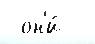
 он'и́